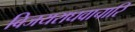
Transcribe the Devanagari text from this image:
विजयराघवाचारि